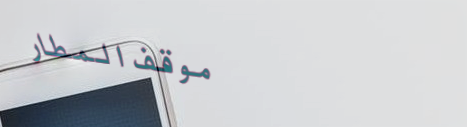
موقف المطار